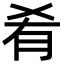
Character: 肴